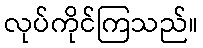
လုပ်ကိုင်ကြသည်။